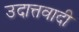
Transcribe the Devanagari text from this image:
उदात्तवादी